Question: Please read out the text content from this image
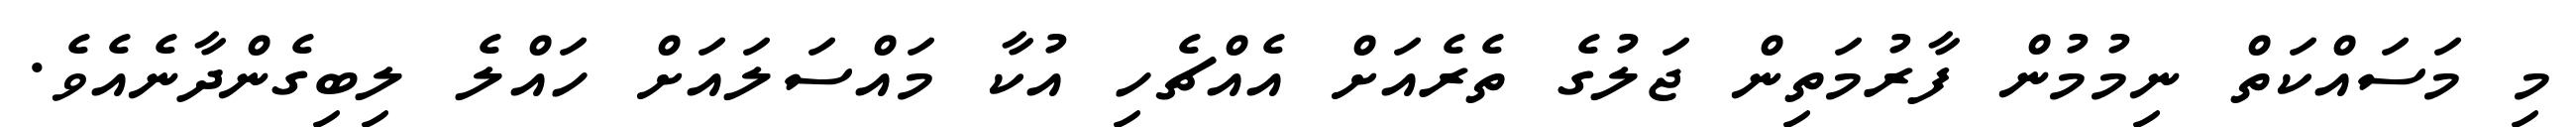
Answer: މި މަސައްކަތް ނިމުމުން ފާރުމަތިން ޖަލުގެ ތެރެއަށް އެއްޗެހި އުކާ މައްސަލައަށް ހައްލެ ލިބިގެންދާނެއެވެ.